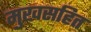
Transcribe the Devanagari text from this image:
मुखसहित